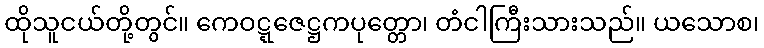
ထိုသူငယ်တို့တွင်။ ကေဝဋ္ဋဇေဋ္ဌကပုတ္တော၊ တံငါကြီးသားသည်။ ယသောစ၊